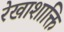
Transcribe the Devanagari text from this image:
रेखाशाक्ति